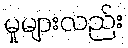
မှုများလည်း